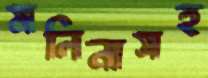
মলিনাসহ